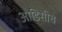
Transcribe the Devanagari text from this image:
ओडिसीचे